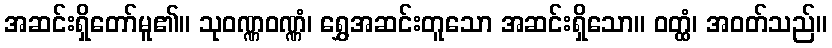
အဆင်းရှိတော်မူ၏။ သုဝဏ္ဏဝဏ္ဏံ၊ ရွှေအဆင်းတူသော အဆင်းရှိသော။ ဝတ္ထံ၊ အဝတ်သည်။